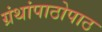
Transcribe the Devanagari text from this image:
ग्रंथांपाठोपाठ